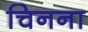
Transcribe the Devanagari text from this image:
चिनना